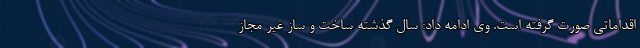
اقداماتی صورت گرفته است. وی ادامه داد: سال گذشته ساخت و ساز غیر مجاز